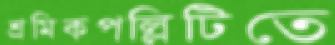
শ্রমিকপল্লিটিতে